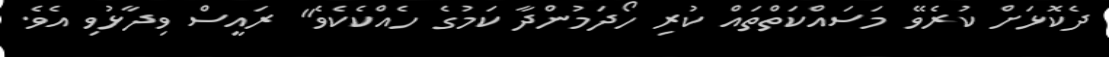
ދެކޮޅަށް ކުރެވޭ މަސައްކަތްތައް ކުރި ހޯދަމުންދާ ކަމުގެ ހެއްކެކެވެ" ރައީސް ވިދާޅުވި އެވެ.